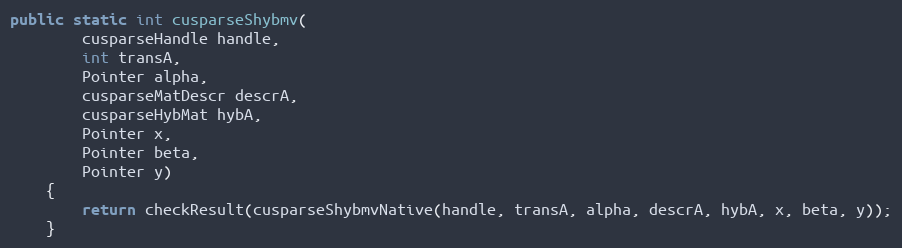
Language: Java
public static int cusparseShybmv(
        cusparseHandle handle,
        int transA,
        Pointer alpha,
        cusparseMatDescr descrA,
        cusparseHybMat hybA,
        Pointer x,
        Pointer beta,
        Pointer y)
    {
        return checkResult(cusparseShybmvNative(handle, transA, alpha, descrA, hybA, x, beta, y));
    }